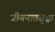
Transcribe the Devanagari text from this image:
जीवनातसुद्धा